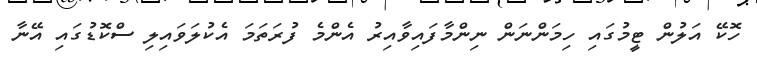
ހޮކޭ އަލުން ޓީމުގައި ހިމަންނަން ނިންމާފައިވާއިރު އެންމެ ފުރަތަމަ އެކުލަވައިލި ސްކޮޑުގައި އޭނާ